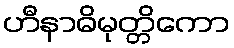
ဟီနာဓိမုတ္တိကော